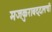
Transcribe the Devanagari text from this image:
मजकुराबद्दलची